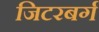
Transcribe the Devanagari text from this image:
जिटरबर्ग